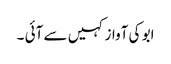
ابو کی آواز کہیں سے آئی ۔